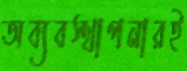
অব্যবস্থাপনারই